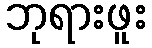
ဘုရားဖူး